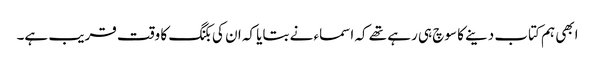
ابھی ہم کتاب دینے کا سوچ ہی رہے تھے کہ اسماء نے بتایا کہ ان کی بکنگ کا وقت قریب ہے۔